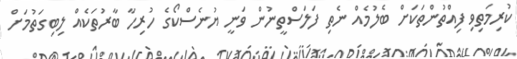
ކުރިމަތިވި ފިއްތުންތަކަށް ބެލުމެއް ނެތި ފަލަސްތީނުން ވަނީ ޔުނެސްކޯގެ ހުރިހާ ބާރުތަކެއް ލިބިގަތުމަށް